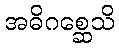
အဓိဂစ္ဆေသိ